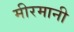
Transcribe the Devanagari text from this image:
मीरमानी